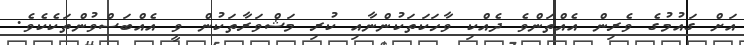
އަށް ގައުމުގެ ވެރިން އެއްތަންވެ ދެއްކި ވާހަކަތަކުންނާއި ކުރި މަޝްވަރާތަކުން ވީ އެއްބަސްވުންތަކެކެވެ.